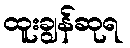
ထူးချွန်ဆုရ